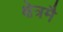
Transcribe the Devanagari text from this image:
क्षेत्रमै